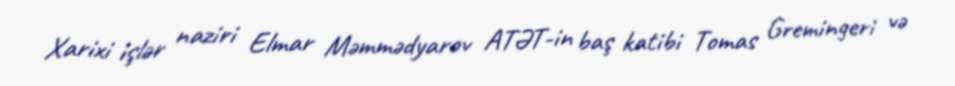
Xarixi işlər naziri Elmar Məmmədyarov ATƏT-in baş katibi Tomas Gremingeri və